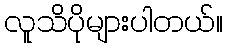
လူသိပိုများပါတယ်။